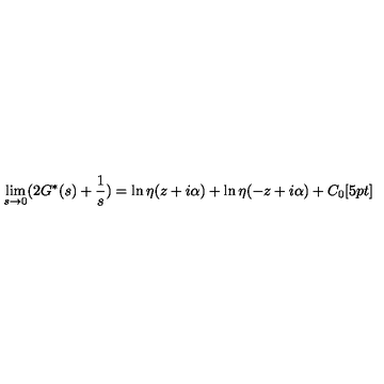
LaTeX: \lim _ { s \rightarrow 0 } ( 2 G ^ { * } ( s ) + \frac { 1 } { s } ) = \ln \eta ( z + i \alpha ) + \ln \eta ( - z + i \alpha ) + C _ { 0 } [ 5 p t ]